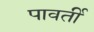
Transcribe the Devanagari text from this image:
पावर्ती